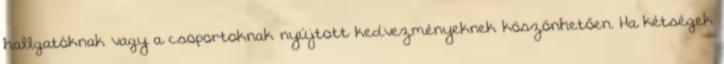
hallgatóknak vagy a csoportoknak nyújtott kedvezményeknek köszönhetően. Ha kétségek